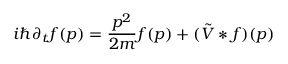
\displaystyle i \hbar \partial _ { t } f ( p ) = { \frac { p ^ { 2 } } { 2 m } } f ( p ) + ( { \tilde { V } } * f ) ( p )